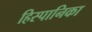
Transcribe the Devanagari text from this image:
हिस्पानिका